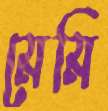
মেমি